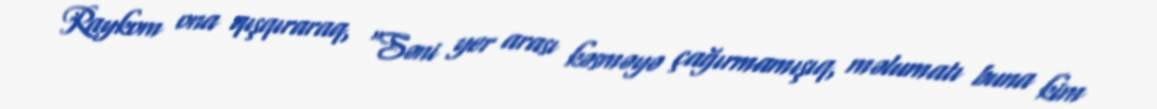
Raykom ona qışqıraraq, “Səni yer arası kəsməyə çağırmamışıq, məlumatı buna kim